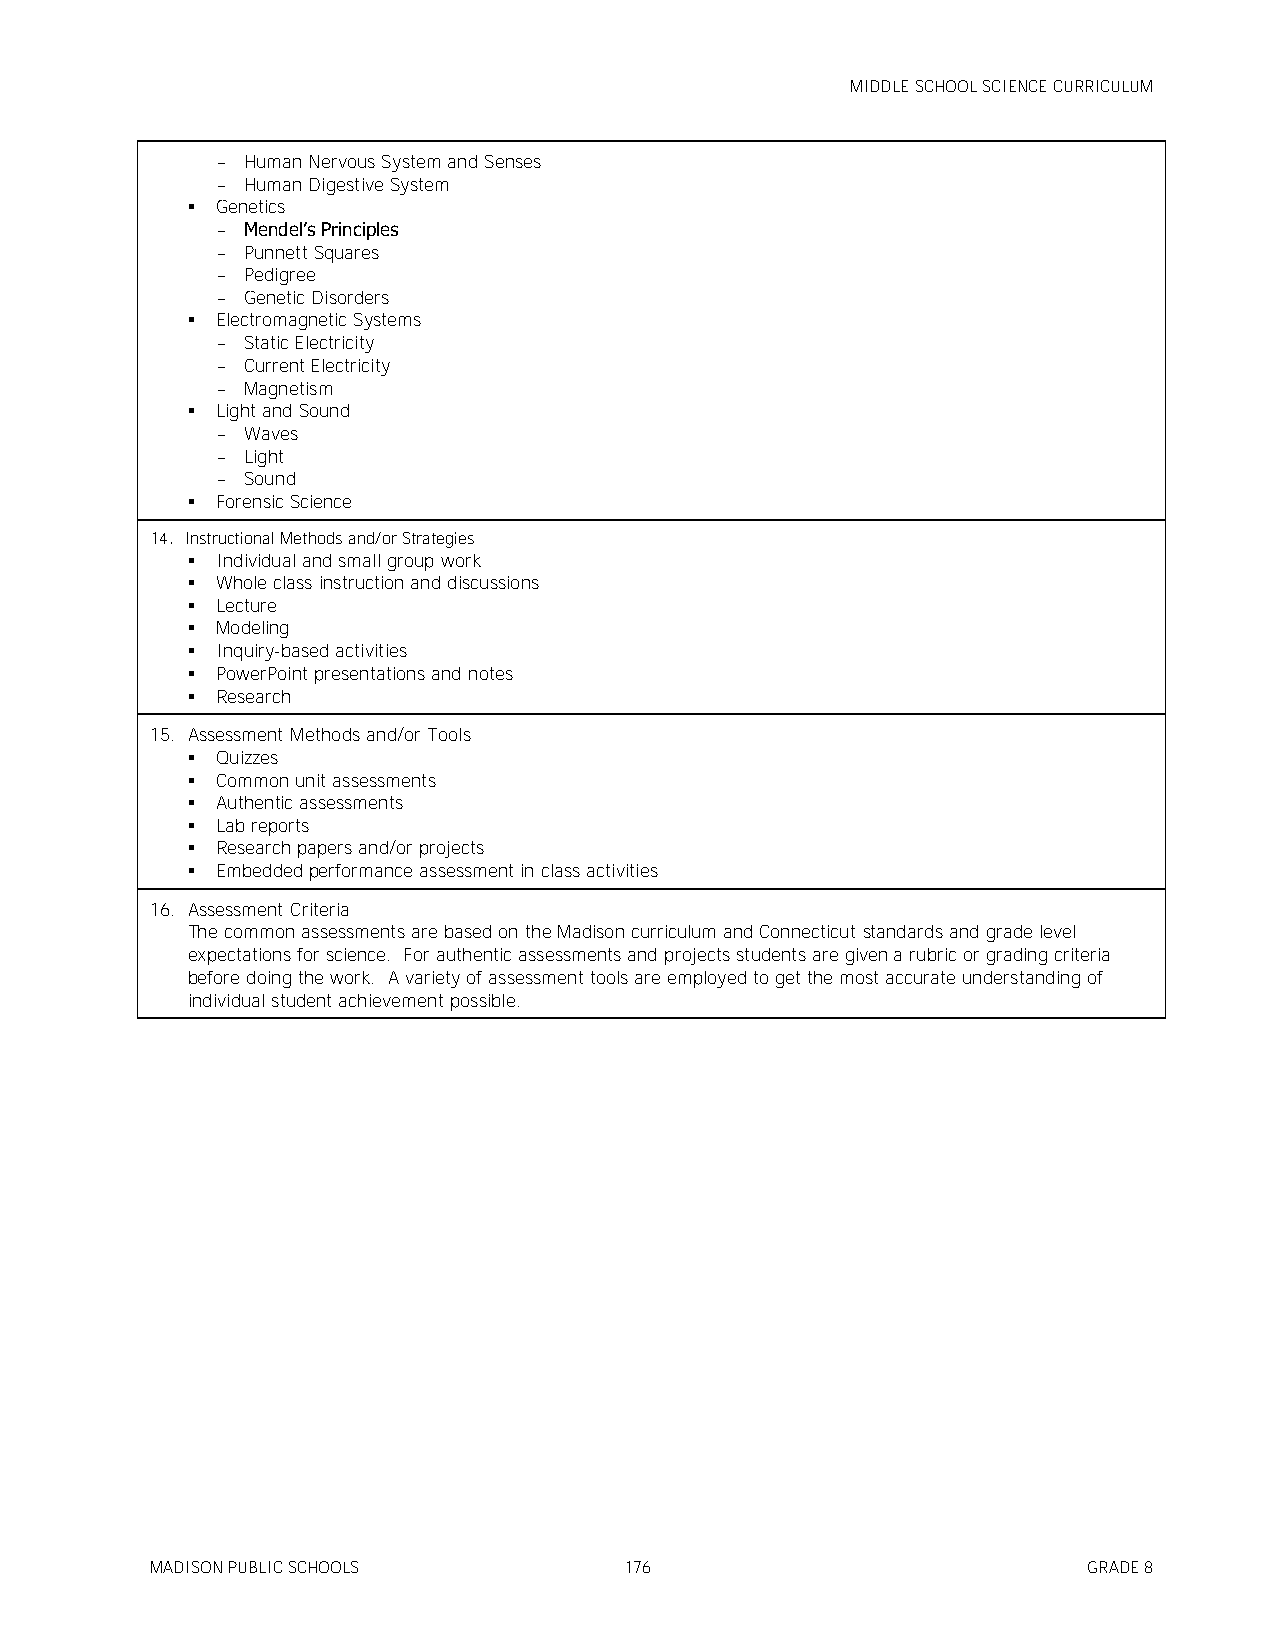
MIDDLE SCHOOL SCIENCE CURRICULUM
 - Human Nervous System and Senses
 - Human Digestive System
  Genetics
 - Mendel’s Principles
 - Punnett Squares
 - Pedigree
 - Genetic Disorders
  Electromagnetic Systems
 - Static Electricity
 - Current Electricity
 - Magnetism
  Light and Sound
 - Waves
 - Light
 - Sound
  Forensic Science
 14. Instructional Methods and/or Strategies
  Individual and small group work
  Whole class instruction and discussions
  Lecture
  Modeling
  Inquiry-based activities
  PowerPoint presentations and notes
  Research
 15. Assessment Methods and/or Tools
  Quizzes
  Common unit assessments
  Authentic assessments
  Lab reports
  Research papers and/or projects
  Embedded performance assessment in class activities
 16. Assessment Criteria
 The common assessments are based on the Madison curriculum and Connecticut standards and grade level
 expectations for science. For authentic assessments and projects students are given a rubric or grading criteria
 before doing the work. A variety of assessment tools are employed to get the most accurate understanding of
 individual student achievement possible.
 MADISON PUBLIC SCHOOLS         176                            GRADE 8